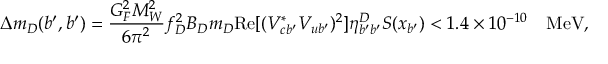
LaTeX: \Delta m _ { D } ( b ^ { \prime } , b ^ { \prime } ) = \frac { G _ { F } ^ { 2 } M _ { W } ^ { 2 } } { 6 \pi ^ { 2 } } f _ { D } ^ { 2 } B _ { D } m _ { D } \mathrm { R e } [ ( V _ { c b ^ { \prime } } ^ { * } V _ { u b ^ { \prime } } ) ^ { 2 } ] \eta _ { b ^ { \prime } b ^ { \prime } } ^ { D } S ( x _ { b ^ { \prime } } ) < 1 . 4 \times 1 0 ^ { - 1 0 } \quad \mathrm { M e V } ,